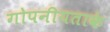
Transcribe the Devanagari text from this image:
गोपनीयताके